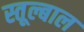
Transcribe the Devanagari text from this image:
स्तूल्बाल